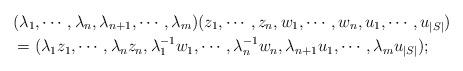
LaTeX: \begin{align*}&(\lambda_1,\cdots,\lambda_n,\lambda_{n+1}, \cdots,\lambda_m)(z_1,\cdots, z_n, w_1,\cdots, w_n, u_1,\cdots, u_{|S|})\\&=(\lambda_1z_1,\cdots,\lambda_nz_n,\lambda_1^{-1}w_1,\cdots,\lambda_n^{-1}w_n, \lambda_{n+1}u_1, \cdots,\lambda_mu_{|S|});\end{align*}